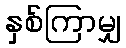
နှစ်ကြာမျှ